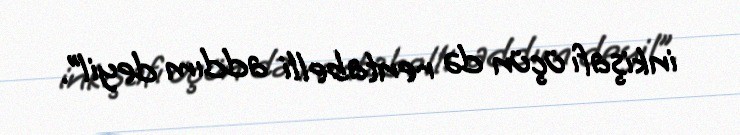
inkişafı üçün də rentabelli addım deyil”.